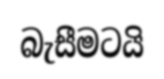
බැසීමටයි